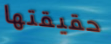
حقيقتها